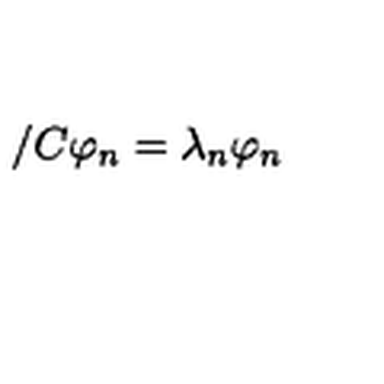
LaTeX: \slash { C } \varphi _ { n } = \lambda _ { n } \varphi _ { n }